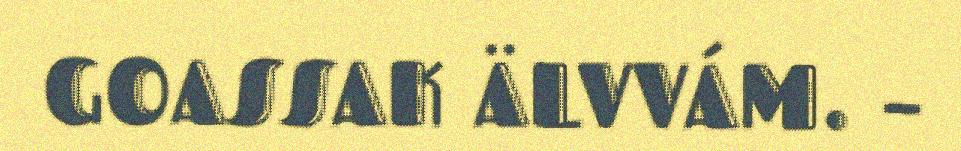
GOASSAK ÄLVVÁM. –